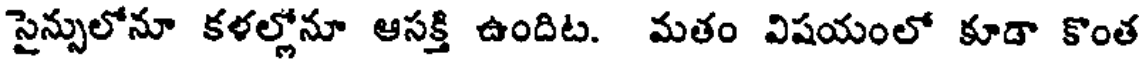
సైన్సులోనూ కళల్లోనూ ఆసక్తి ఉందిట. మతం విషయంలో కూడా కొంత